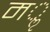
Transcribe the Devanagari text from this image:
मॢ